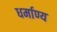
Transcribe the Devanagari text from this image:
धर्माण्य